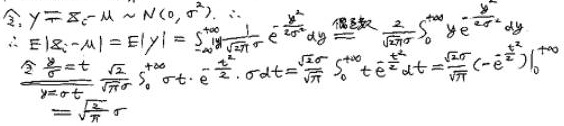
设\(Y = Z - \mu\)，\(Z \sim N(0, \sigma^{2})\)，所以：
\[\begin{align*}
E|Z - \mu| &= E|Y| \\
&= \int_{-\infty}^{+\infty}|y|\frac{1}{\sqrt{2\pi}\sigma}e^{-\frac{y^{2}}{2\sigma^{2}}}dy \\
&= \frac{2}{\sqrt{2\pi}\sigma}\int_{0}^{+\infty}y e^{-\frac{y^{2}}{2\sigma^{2}}}dy
\end{align*}\]
令\(\frac{y}{\sigma}=t\)，则
\[\begin{align*}
\frac{2}{\sqrt{2\pi}\sigma}\int_{0}^{+\infty}\sigma t\cdot e^{-\frac{t^{2}}{2}}\cdot\sigma dt &= \frac{\sqrt{2}\sigma}{\sqrt{\pi}}\int_{0}^{+\infty}t e^{-\frac{t^{2}}{2}}dt \\
&= \frac{\sqrt{2}\sigma}{\sqrt{\pi}}(-e^{-\frac{t^{2}}{2}})\big|_{0}^{+\infty}
\end{align*}\]